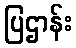
ပြဌာန်း